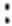
: